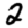
Digit: 2